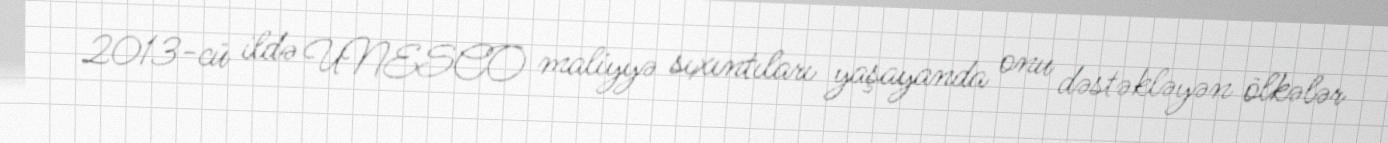
2013-cü ildə UNESCO maliyyə sıxıntıları yaşayanda onu dəstəkləyən ölkələr